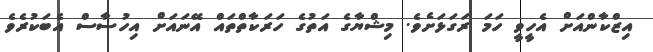
އިޒްކާންއަށް އެހީވީ ހަމަ ރަގަޅަށެވެ. މިޝްޔާގެ އަތުގެ ހަރަކާތްތައް އޭނައަށް އިހުސާސް އެބަކުރެވެ